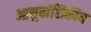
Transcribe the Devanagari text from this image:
आनुवांशिकीय